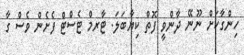
ހިންގާކަށް ނޫނޭ ދާންވީ ފޮތް ކިޔާބަލަ. ޓާރމް ޓެސްޓް ފެށެން ވެސް ގާ